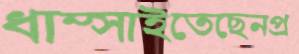
ধাম্‌সাইতেছেনপ্র